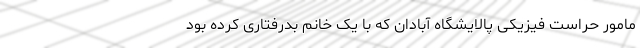
مامور حراست فیزیکی پالایشگاه آبادان که با یک خانم بدرفتاری کرده بود